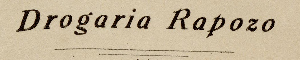
Drogaria Rapozo